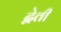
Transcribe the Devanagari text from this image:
द्वेती